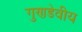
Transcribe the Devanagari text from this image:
गुणडेवीय